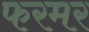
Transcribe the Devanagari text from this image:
फरमर